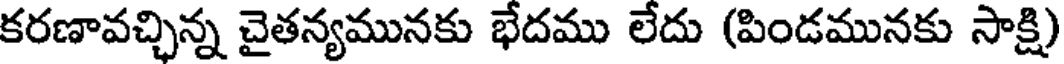
కరణావచ్చిన్న చైతన్యమునకు భేదము లేదు (పిండమునకు సాక్షి